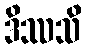
ဒိဿသိ